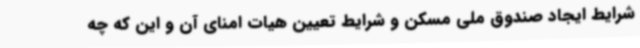
شرایط ایجاد صندوق ملی مسکن و شرایط تعیین هیات امنای آن و این که چه